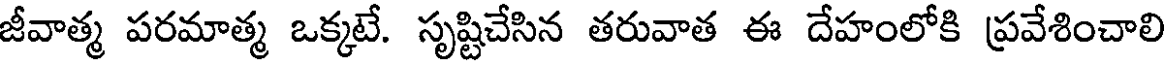
జీవాత్మ పరమాత్మ ఒక్కటే. సృష్టిచేసిన తరువాత ఈ దేహంలోకి ప్రవేశించాలి